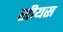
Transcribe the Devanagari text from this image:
सीयस